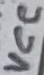
Text: VCC